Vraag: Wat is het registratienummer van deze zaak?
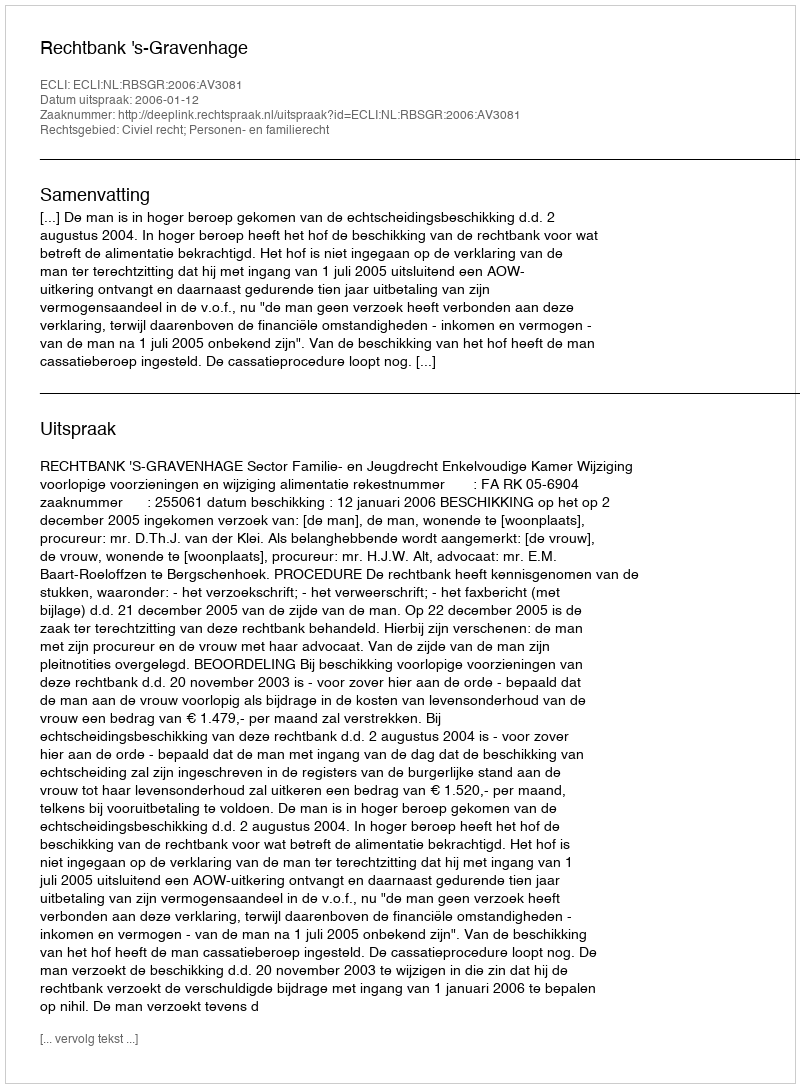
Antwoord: http://deeplink.rechtspraak.nl/uitspraak?id=ECLI:NL:RBSGR:2006:AV3081